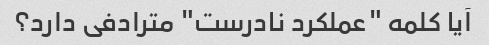
آیا کلمه "عملکرد نادرست" مترادفی دارد؟